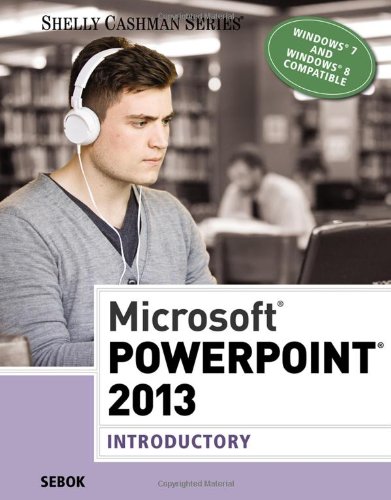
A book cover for Microsoft PowerPoint 2013: Introductory (Shelly Cashman Series); Susan L. Sebok; Computers & Technology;